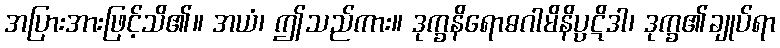
အပြားအားဖြင့်သိ၏။ အယံ၊ ဤသည်ကား။ ဒုက္ခနိရောဓဂါမိနိပ္ပဋိဒါ၊ ဒုက္ခ၏ချုပ်ရာ